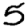
Digit: 5